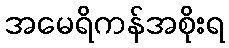
အမေရိကန်အစိုးရ